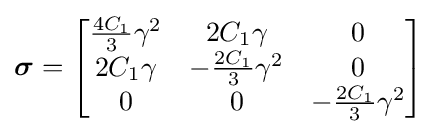
{\boldsymbol {\sigma }}={\begin{bmatrix}{\tfrac {4C_{1}}{3}}\gamma ^{2}&2C_{1}\gamma &0\\2C_{1}\gamma &-{\tfrac {2C_{1}}{3}}\gamma ^{2}&0\\0&0&-{\tfrac {2C_{1}}{3}}\gamma ^{2}\end{bmatrix}}